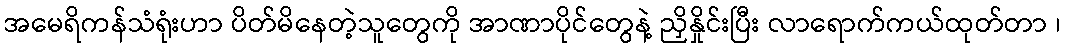
အမေရိကန်သံရုံးဟာ ပိတ်မိနေတဲ့သူတွေကို အာဏာပိုင်တွေနဲ့ ညှိနှိုင်းပြီး လာရောက်ကယ်ထုတ်တာ ၊